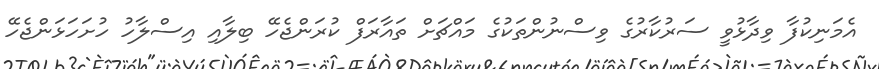
އެމަނިކުފާ ވިދާޅުވީ ސަރުކާރުގެ ވިސްނުންތަކުގެ މައްޗަށް ތައާރަފް ކުރަންޖެހޭ ބިލާއި އިސްލާހު ހުށަހަޅަންޖެހޭ